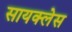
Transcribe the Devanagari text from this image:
सायक्लेस